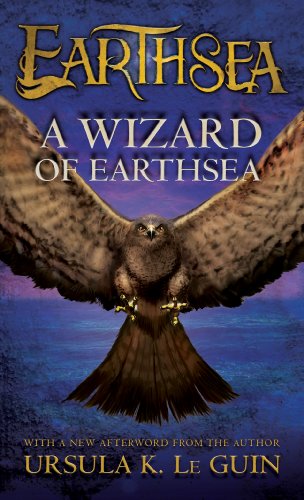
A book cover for A Wizard of Earthsea (The Earthsea Cycle); Ursula K. Le Guin; Teen & Young Adult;